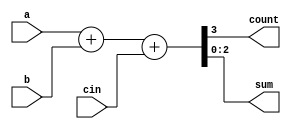
module adder (count,sum,a,b,cin);
	input [2:0] a,b;
	input cin;
	output count;
	output [2:0] sum;
	assign {count,sum} = a + b + cin;
endmodule